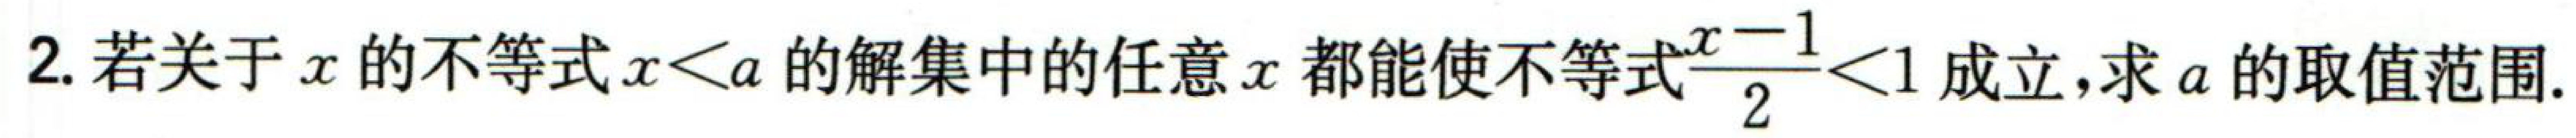
2. 若关于\(x\)的不等式\(x < a\)的解集中的任意\(x\)都能使不等式\(\frac{x - 1}{2}<1\)成立，求\(a\)的取值范围.